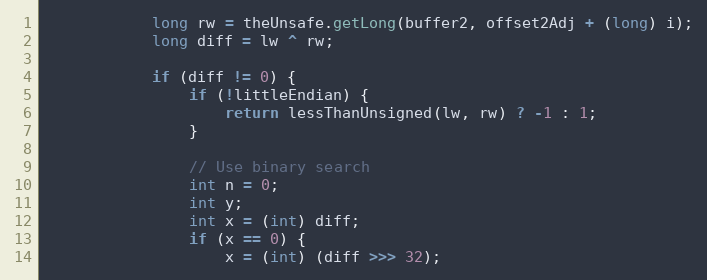
Language: Java
            long rw = theUnsafe.getLong(buffer2, offset2Adj + (long) i);
            long diff = lw ^ rw;

            if (diff != 0) {
                if (!littleEndian) {
                    return lessThanUnsigned(lw, rw) ? -1 : 1;
                }

                // Use binary search
                int n = 0;
                int y;
                int x = (int) diff;
                if (x == 0) {
                    x = (int) (diff >>> 32);